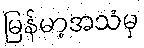
မြန်မာ့အသံမှ